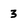
Character: 3